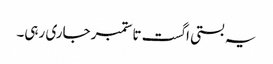
یہ بستی اگست تا ستمبر جاری رہی۔